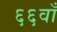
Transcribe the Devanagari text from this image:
६६वाँ